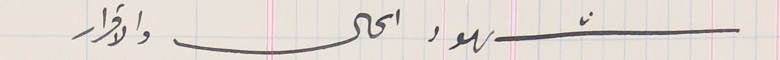
شهود الحال والاقرار